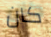
كان